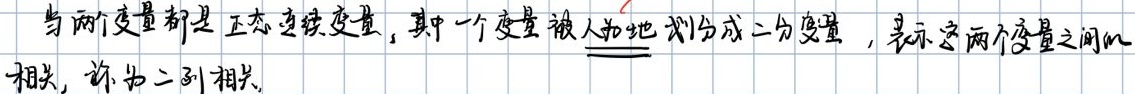
当两个变量都是正态连续变量，其中一个变量被人为地划分成二分变量，表示这两个变量之间的
相关，称为二列相关。